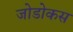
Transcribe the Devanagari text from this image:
जोडोकस